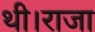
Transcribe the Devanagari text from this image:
थी।राजा